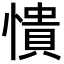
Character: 憒